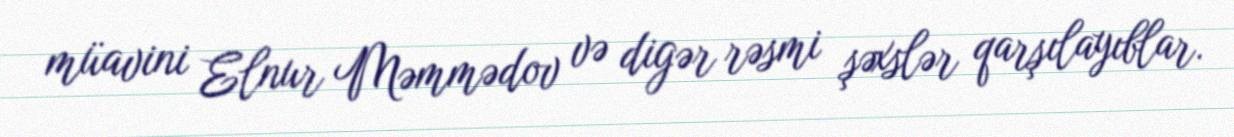
müavini Elnur Məmmədov və digər rəsmi şəxslər qarşılayıblar.